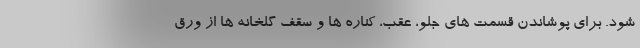
شود. برای پوشاندن قسمت های جلو، عقب، کناره ها و سقف گلخانه ها از ورق